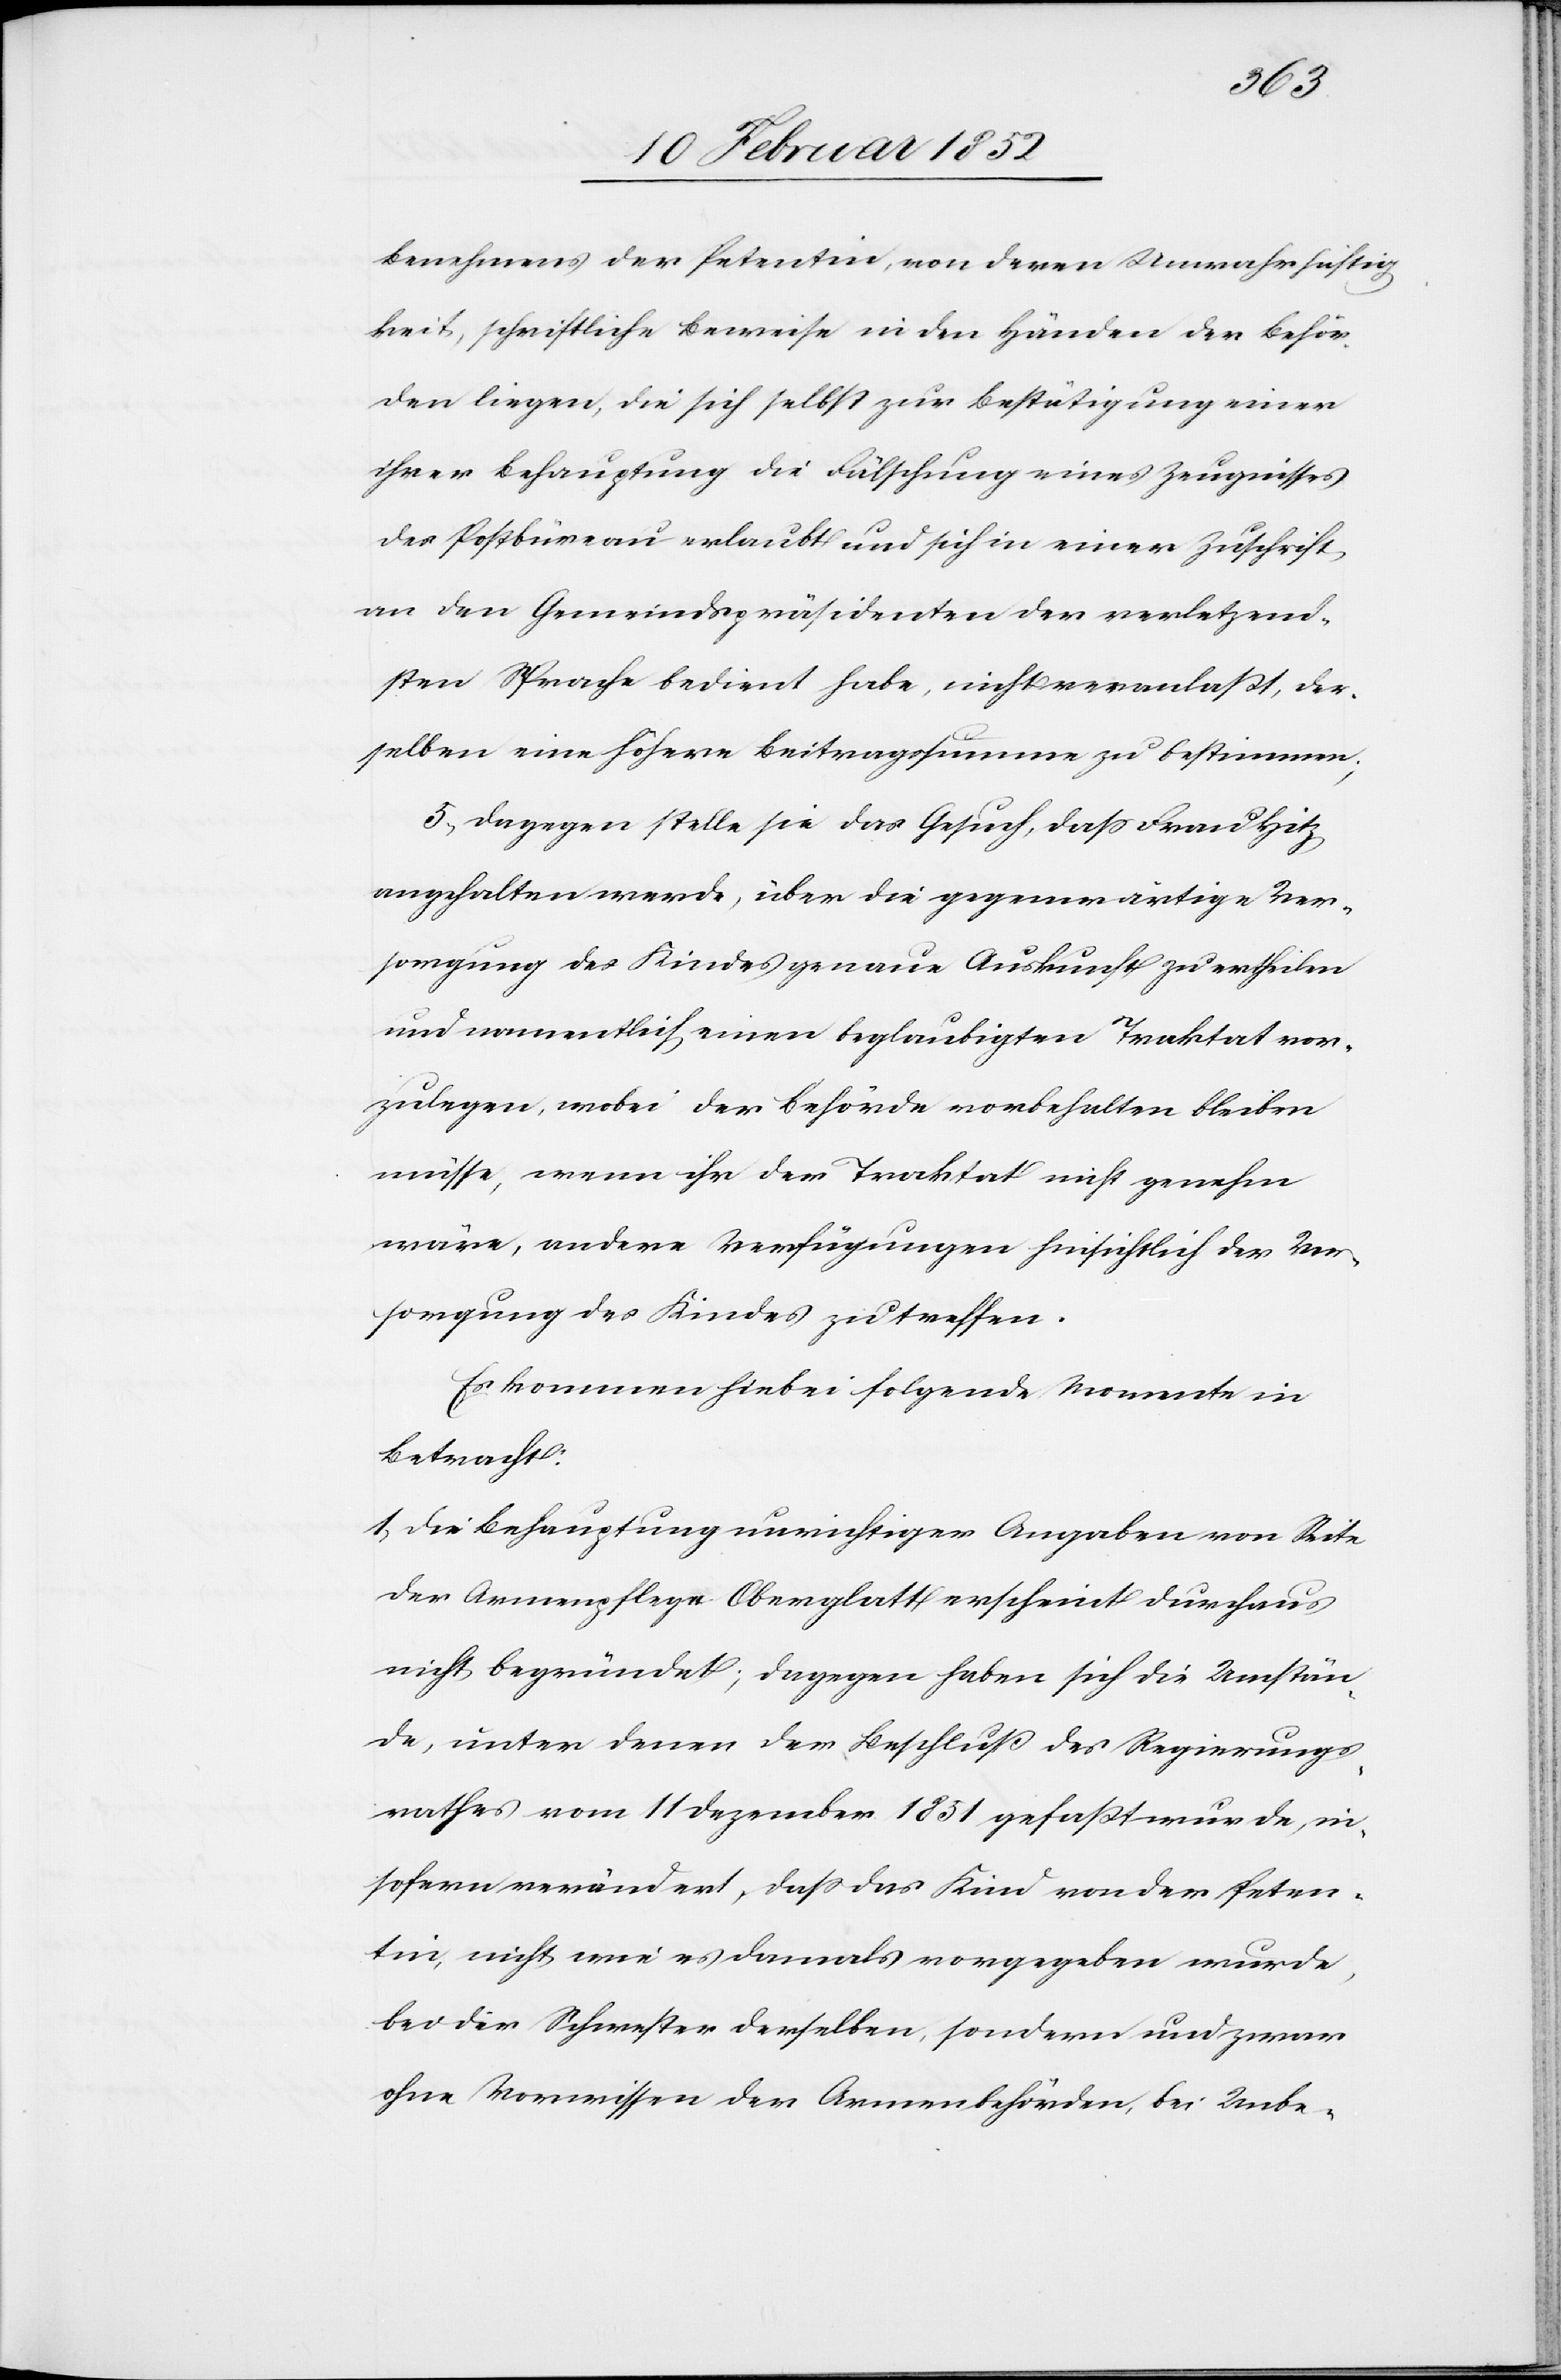
Benehmens der Petentin, von deren Unwahrhaftig¬
keit, schriftliche Beweise in den Händen der Behör¬
den liegen, die sich selbst zur Bestätigung einer
ihrer Behauptung die Fälschung eines Zeugnisses
des Postbureau erlaubt und sich in einer Zuschrift
an den Gemeindspräsidenten der verletzend¬
sten Sprache bedient habe, nicht veranlaßt, der¬
selben eine höhere Beitragssumme zu bestimmen.
5.) Dagegen stelle sie das Gesuch, daß Frau Hitz
angehalten werde, über die gegenwärtige Ver¬
sorgung des Kindes genaue Auskunft zu ertheilen
und namentlich einen beglaubigten Traktat vor¬
zulegen, wobei der Behörde vorbehalten bleiben
müsse, wenn ihr der Traktat nicht genehm
wäre, andere Verfügungen hinsichtlich der Ver¬
sorgung des Kindes, zu treffen.
Es kommen hiebei folgende Momente in
Betracht:
1) Die Behauptung unrichtiger Angaben von Seite
der Armenpflege Oberglatt erscheint durchaus
nicht begründet, dagegen haben sich die Umstän¬
de, unter denen der Beschluß des Regierungs¬
rathes vom 11 Dezember 1851 gefaßt wurde, in¬
sofern verändert, daß das Kind von der Peten¬
tin, nicht wie es damals vorgegeben wurde
bei der Schwester derselben, sondern und zwar
ohne Vorwissen der Armenbehörden, bei Unbe-